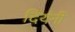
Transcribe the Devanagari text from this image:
दियंनी